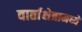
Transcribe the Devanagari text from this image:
वार्ताक्षेत्रामध्ये